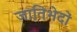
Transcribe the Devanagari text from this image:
जातिभेदों